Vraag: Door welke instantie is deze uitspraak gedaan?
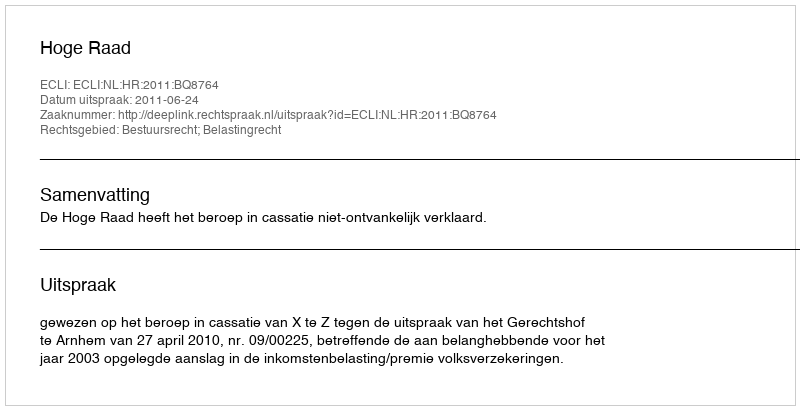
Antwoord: Hoge Raad